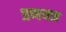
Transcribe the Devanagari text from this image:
प्रणयत्र